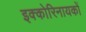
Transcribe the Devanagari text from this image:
इक्कोरिनायकों